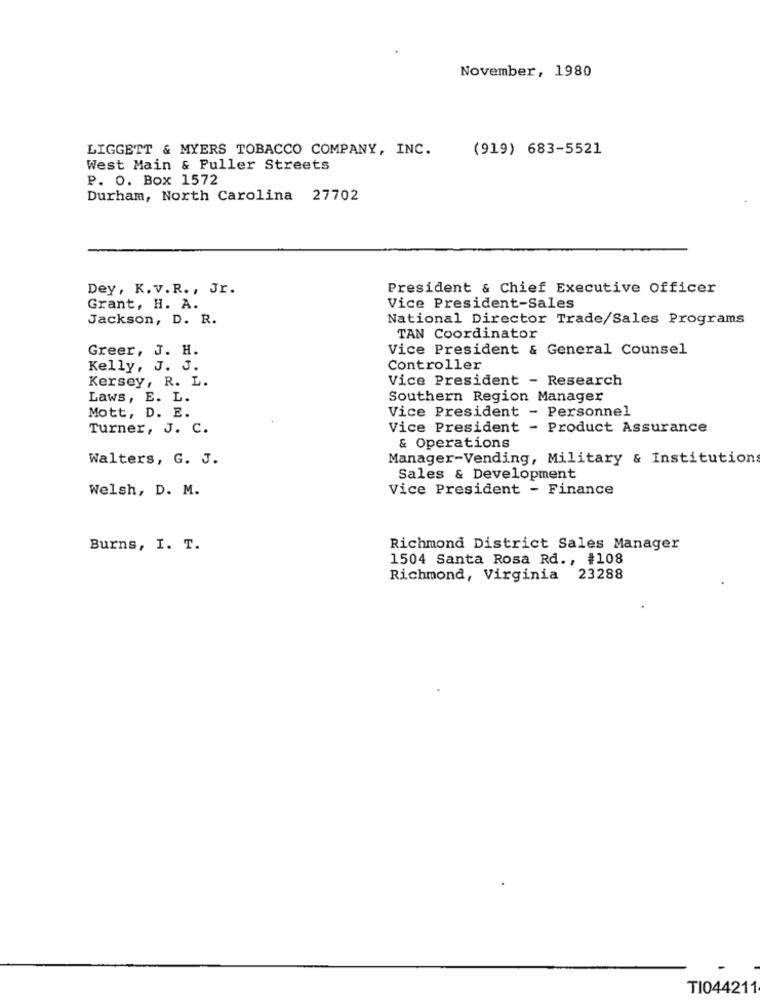
November, 1980
LIGGETT & MYERS TOBACCO COMPANY, INC.
(919) 683-5521
West Main & Puller Streets
P. O. Box 1572
Durham, North Carolina 27702
Dey, K. v.R ., Jr.
President & Chief Executive Officer
Grant, H. A.
Vice President-Sales
Jackson, D. R.
National Director Trade/Sales Programs
TAN Coordinator
Greer, J. H.
Vice President & General Counsel
Kelly, J. J.
Controller
Vice President - Research
Kersey, R. L.
Laws, E. L.
Southern Region Manager
Mott, D. E.
Vice President - Personnel
Turner, J. C.
Vice President - Product Assurance
& Operations
Walters, G. J.
Manager-Vending, Military & Institution
Sales & Development
Welsh, D. M.
Vice President - Finance
Burns, I. T.
Richmond District Sales Manager
1504 Santa Rosa Rd ., #108
Richmond, Virginia 23288
TI044211